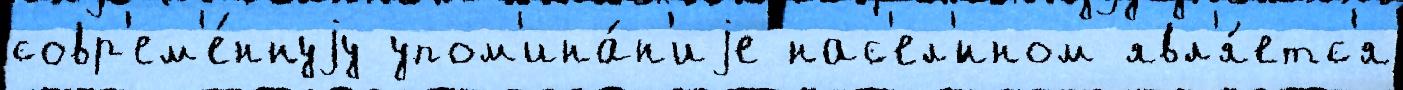
совр'ем'е́ннуjу упом'ина́н'иjе нас'ел'́нном явл'я́етс'я